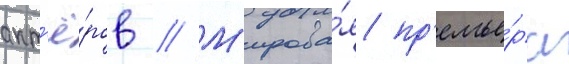
акт'ё́ров // М'ирова́я пр'емье́ра